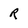
Character: R